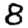
Digit: 8